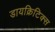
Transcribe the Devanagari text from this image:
डायक्रिटिक्स